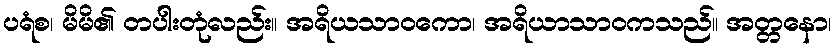
ပရံစ၊ မိမိ၏ တပါးတုံလည်း။ အရိယသာဝကော၊ အရိယာသာဝကသည်။ အတ္တနော၊